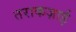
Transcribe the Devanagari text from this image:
तराकज़ाई